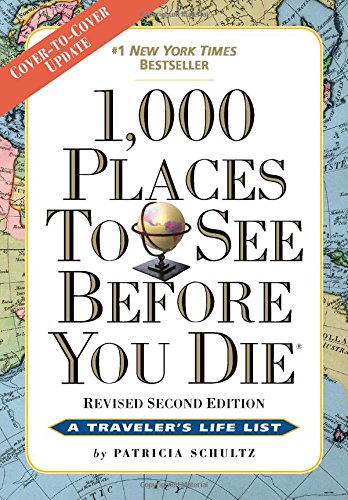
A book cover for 1,000 Places to See Before You Die: Revised Second Edition; Patricia Schultz; Travel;